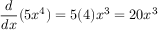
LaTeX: { \frac { d } { d x } } ( 5 x ^ { 4 } ) = 5 ( 4 ) x ^ { 3 } = 2 0 x ^ { 3 }